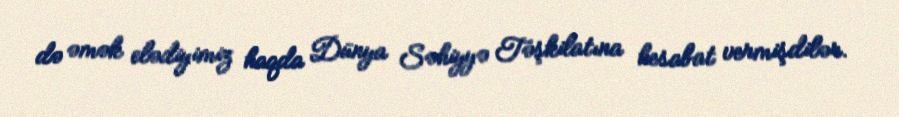
də əmək elədiyimiz haqda Dünya Səhiyyə Təşkilatına hesabat vermişdilər.